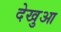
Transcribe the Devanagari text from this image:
देखुआ